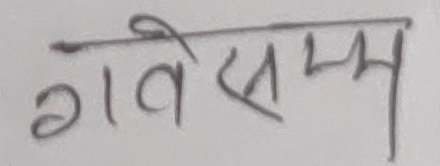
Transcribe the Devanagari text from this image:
गवेषण